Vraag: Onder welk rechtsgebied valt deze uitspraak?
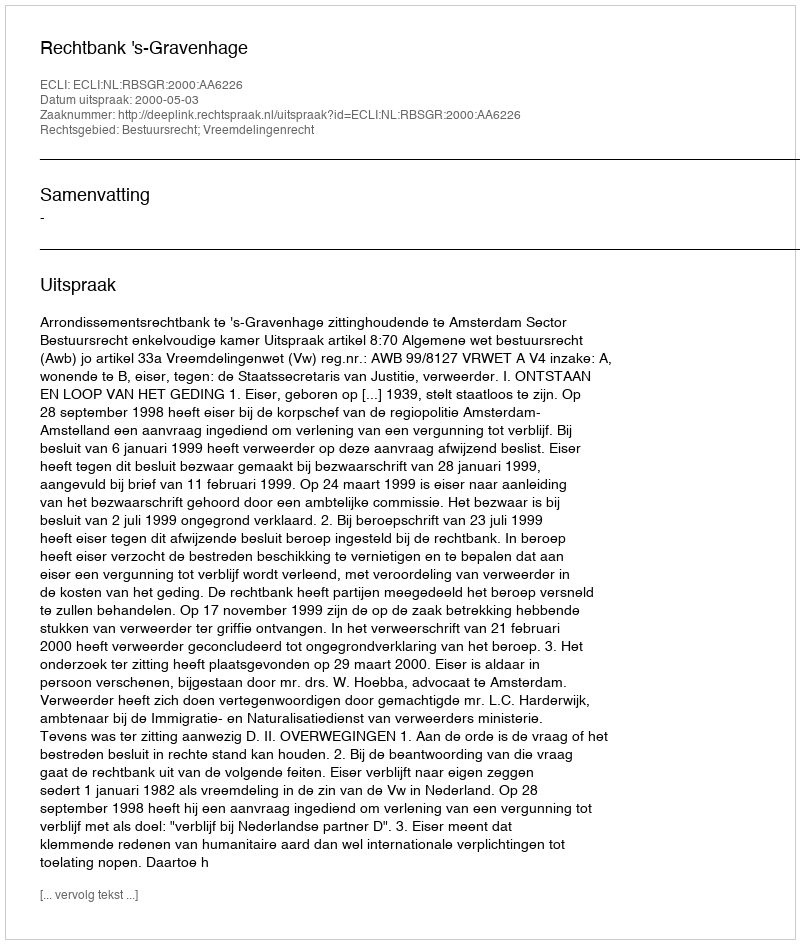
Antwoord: Bestuursrecht; Vreemdelingenrecht